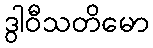
ဒွါဝီသတိမော